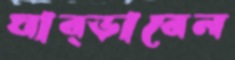
ঘাব্‌ড়াবেন